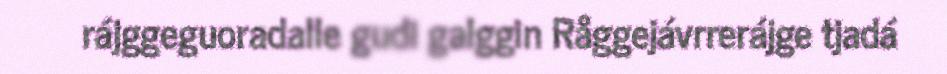
rájggeguoradalle gudi galggin Råggejávrrerájge tjadá